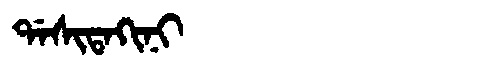
Manchu: ᡩᠠᠰᡳᡨᠠᡴᡳᠨᡳ
Romanization: DASITAKINI